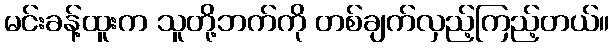
မင်းခန့်ထူးက သူတို့ဘက်ကို တစ်ချက်လှည့်ကြည့်တယ်။